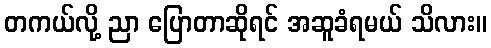
တကယ်လို့ ညာ ပြောတာဆိုရင် အဆူခံရမယ် သိလား။